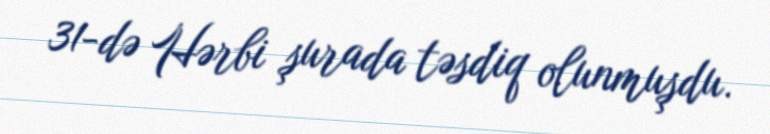
31-də Hərbi şurada təsdiq olunmuşdu.